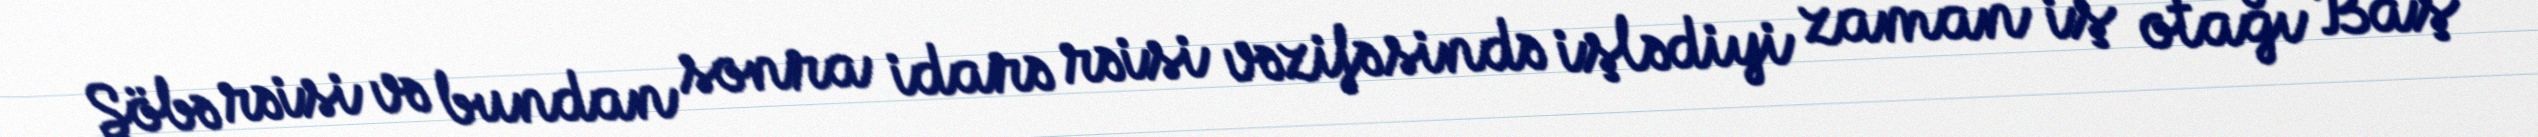
Şöbə rəisi və bundan sonra idarə rəisi vəzifəsində işlədiyi zaman iş otağı Baş